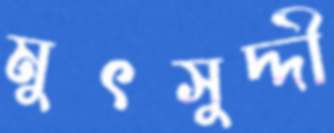
মুৎসুদ্দী